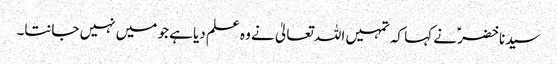
سیدنا خضرؑ نے کہا کہ تمہیں اللہ تعالیٰ نے وہ علم دیا ہے جو میں نہیں جانتا۔